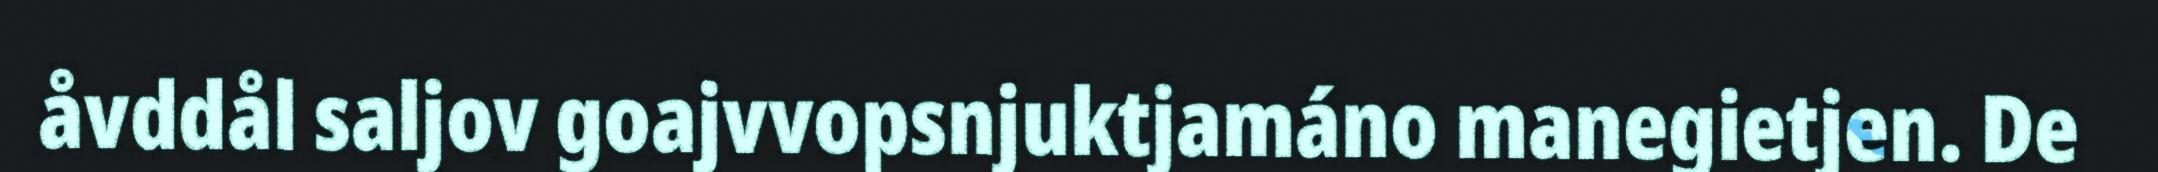
åvddål saljov goajvvopsnjuktjamáno manegietjen. De